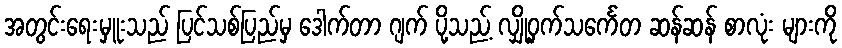
အတွင်းရေးမှူးသည် ပြင်သစ်ပြည်မှ ဒေါက်တာ ဂျက် ပို့သည့် လျှို့ဝှက်သင်္ကေတ ဆန်ဆန် စာလုံး များကို